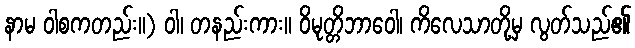
နာမ ဝါစကတည်း။) ဝါ၊ တနည်းကား။ ဝိမုတ္တိဘာဝေါ၊ ကိလေသာတို့မှ လွတ်သည်၏